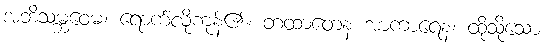
အဘိသမ္ဘဝေမ၊ ရောက်လိုကုန်၏။ တထာတေန အာကာရေန၊ ထိုသို့သော